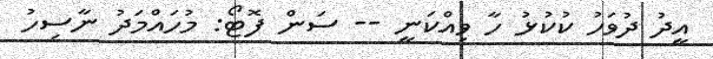
އީދު ދުވަހު ކުކުޅު ހާ ވިއްކަނީ -- ސަން ފޮޓޯ: މުހައްމަދު ނާސިހު